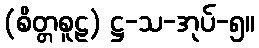
(စိတ္တစူဠ) ဋ္ဌ-သ-အုပ်-၅။